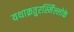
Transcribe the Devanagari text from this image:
यथाक्रतुरस्मिँल्लोके